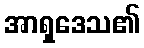
အာရှဒေသ၏